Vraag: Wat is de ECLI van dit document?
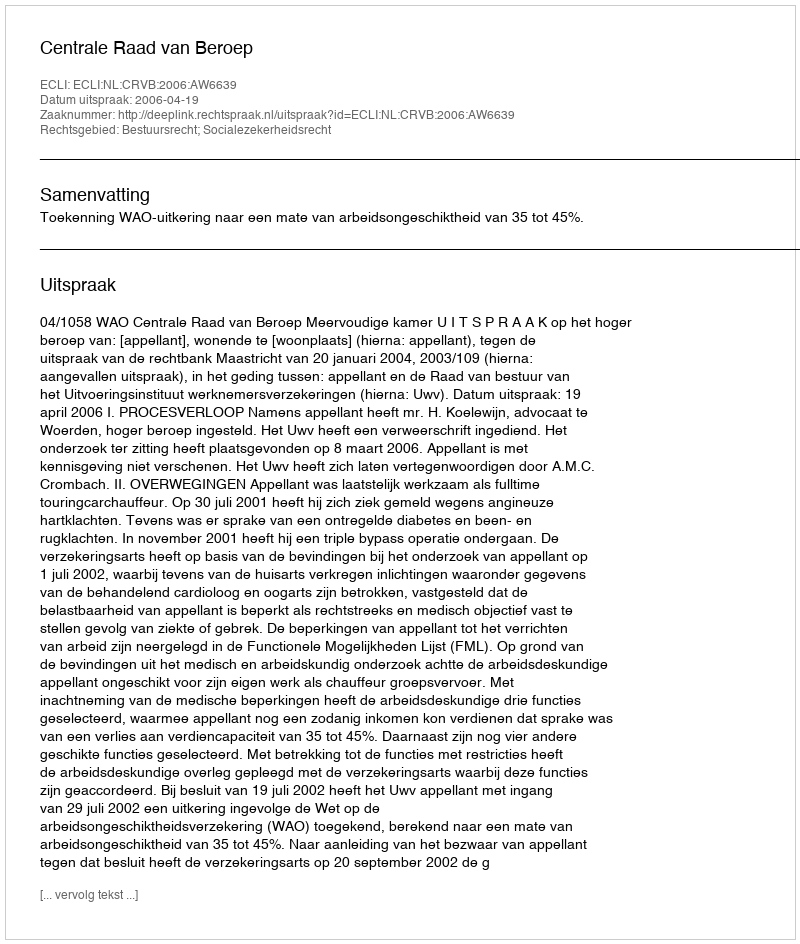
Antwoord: ECLI:NL:CRVB:2006:AW6639